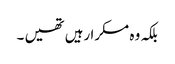
بلکہ وہ مسکرا رہیں تھیں ۔